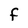
Character: F